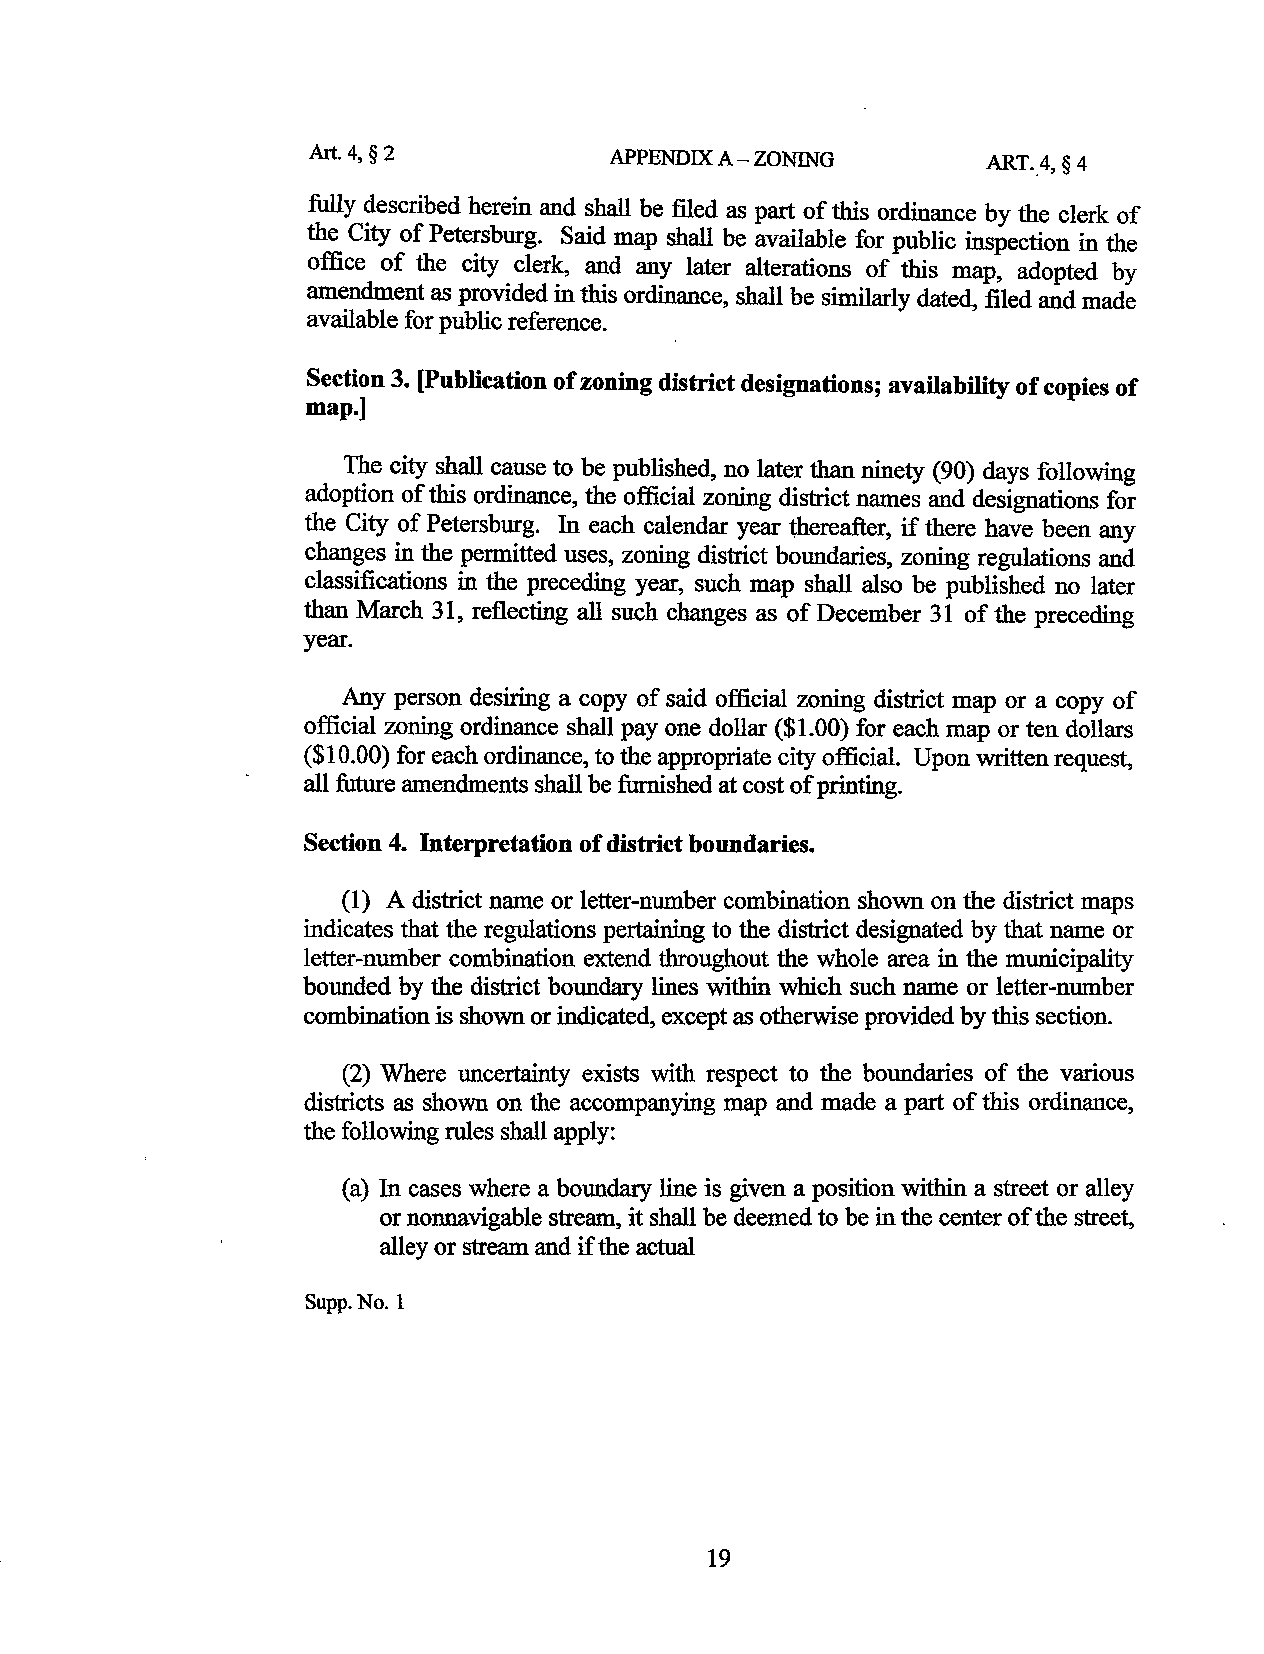
Art. 4, § 2         APPENDIX A-ZONING        ART .. 4, §4
 fully described herein and shall be filed as part of this ordinance by the clerk of
 the City of Petersburg. Said map shall be available for public inspection in the
 office of the city clerk, and any later alterations of this map, adopted by
 amendment as provided in this ordinance, shall be similarly dated, filed and made
 available for public reference.
 Section 3. [Publication of zoning district designations; availability of copies of
 map.]
 The city shall cause to be published, no later than ninety (90) days following
 adoption of this ordinance, the official zoning district names and designations for
 the City of Petersburg. In each calendar year thereafter, if there have been any
 changes in the permitted uses, zoning district boundaries, zoning regulations and
 classifications in the preceding year, such map shall also be published no later
 than March 31, reflecting all such changes as of December 31 of the preceding
 year.
 Any person desiring a copy of said official zoning district map or a copy of
 official zoning ordinance shall pay one dollar ($1.00) for each map or ten dollars
 ($10.00) for each ordinance, to the appropriate city official. Upon written request,
 all future amendments shall be furnished at cost of printing.
 Section 4. Interpretation of district boundaries.
 (1) A district name or letter-number combination shown on the district maps
 indicates that the regulations pertaining to the district designated by that name or
 letter-number combination extend throughout the whole area in the municipality
 bounded by the district boundary lines within which such name or letter-number
 combination is shown or indicated, except as otherwise provided by this section.
 (2) Where uncertainty exists with respect to the boundaries of the various
 districts as shown on the accompanying map and made a part of this ordinance,
 the following rules shall apply:
 (a) In cases where a boundary line is given a position within a street or alley
 or nonnavigable stream, it shall be deemed to be in the center of the street,
 alley or stream and ift he actual
 Supp.No.l
 19